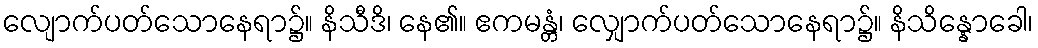
လျောက်ပတ်သောနေရာ၌။ နိသီဒိ၊ နေ၏။ ဧကမန္တံ၊ လျှောက်ပတ်သောနေရာ၌။ နိသိန္နောခေါ၊